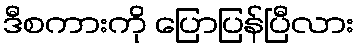
ဒီစကားကို ပြောပြန်ပြီလား